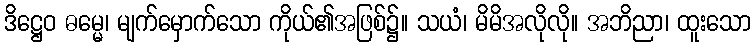
ဒိဋ္ဌေဝ ဓမ္မေ၊ မျက်မှောက်သော ကိုယ်၏အဖြစ်၌။ သယံ၊ မိမိအလိုလို။ အဘိညာ၊ ထူးသော